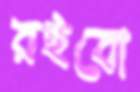
রইবো